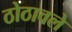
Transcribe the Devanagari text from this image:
ठोठावले